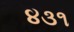
૪૩૧